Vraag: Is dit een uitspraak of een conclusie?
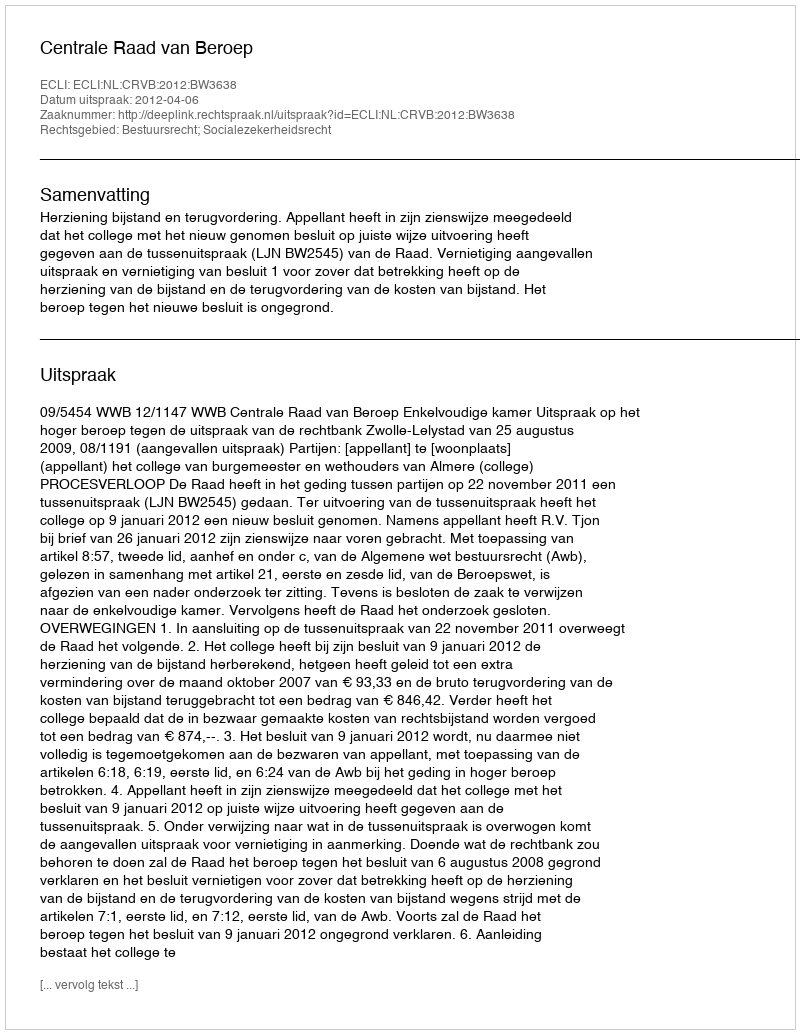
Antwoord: Uitspraak